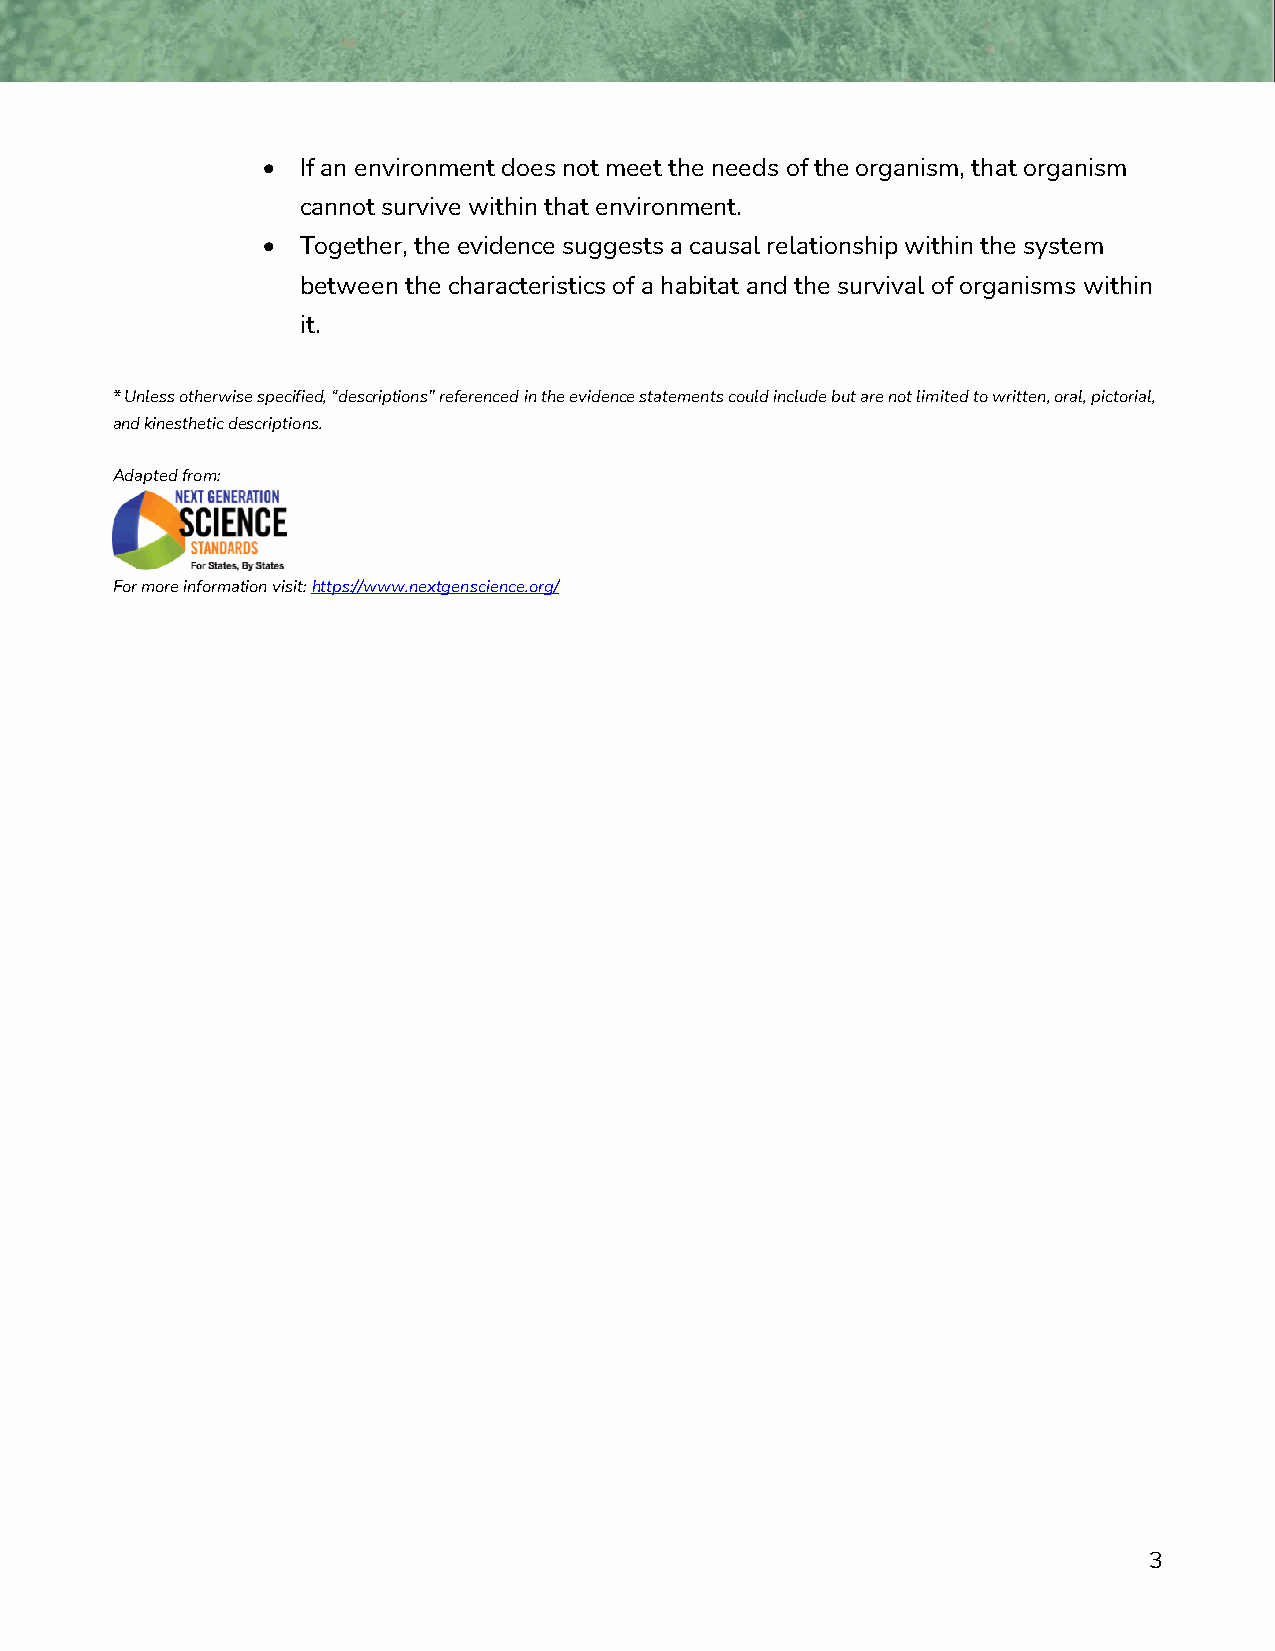
•  If an environment does not meet the needs of the organism, that organism
 cannot survive within that environment.
 •  Together, the evidence suggests a causal relationship within the system
 between the characteristics of a habitat and the survival of organisms within
 it.
 * Unless otherwise specified, “descriptions” referenced in the evidence statements could include but are not limited to written, oral, pictorial,
 and kinesthetic descriptions.
 Adapted from:
 For more information visit: https://www.nextgenscience.org/
 3